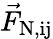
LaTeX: \vec{F}_{\mathrm{N,ij}}